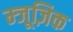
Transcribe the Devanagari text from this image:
म्जूज़िक